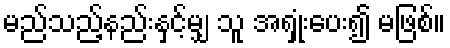
မည်သည့်နည်းနှင့်မျှ သူ အရှုံးပေး၍ မဖြစ်။